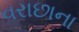
વરાછાના